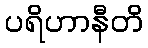
ပရိဟာနီတိ